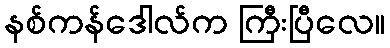
နစ်ကန်ဒေါလ်က ကြီးပြီလေ။